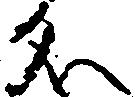
名